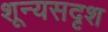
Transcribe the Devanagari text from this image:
शून्यसदृश